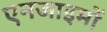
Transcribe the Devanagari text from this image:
एनजाइमों